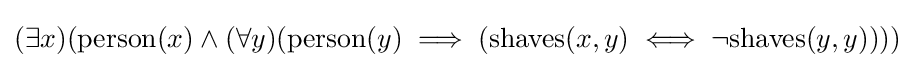
(\exists x)({\text{person}}(x)\wedge (\forall y)({\text{person}}(y)\implies ({\text{shaves}}(x,y)\iff \neg {\text{shaves}}(y,y))))